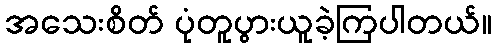
အသေးစိတ် ပုံတူပွားယူခဲ့ကြပါတယ်။